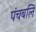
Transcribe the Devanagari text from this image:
पंचबलि